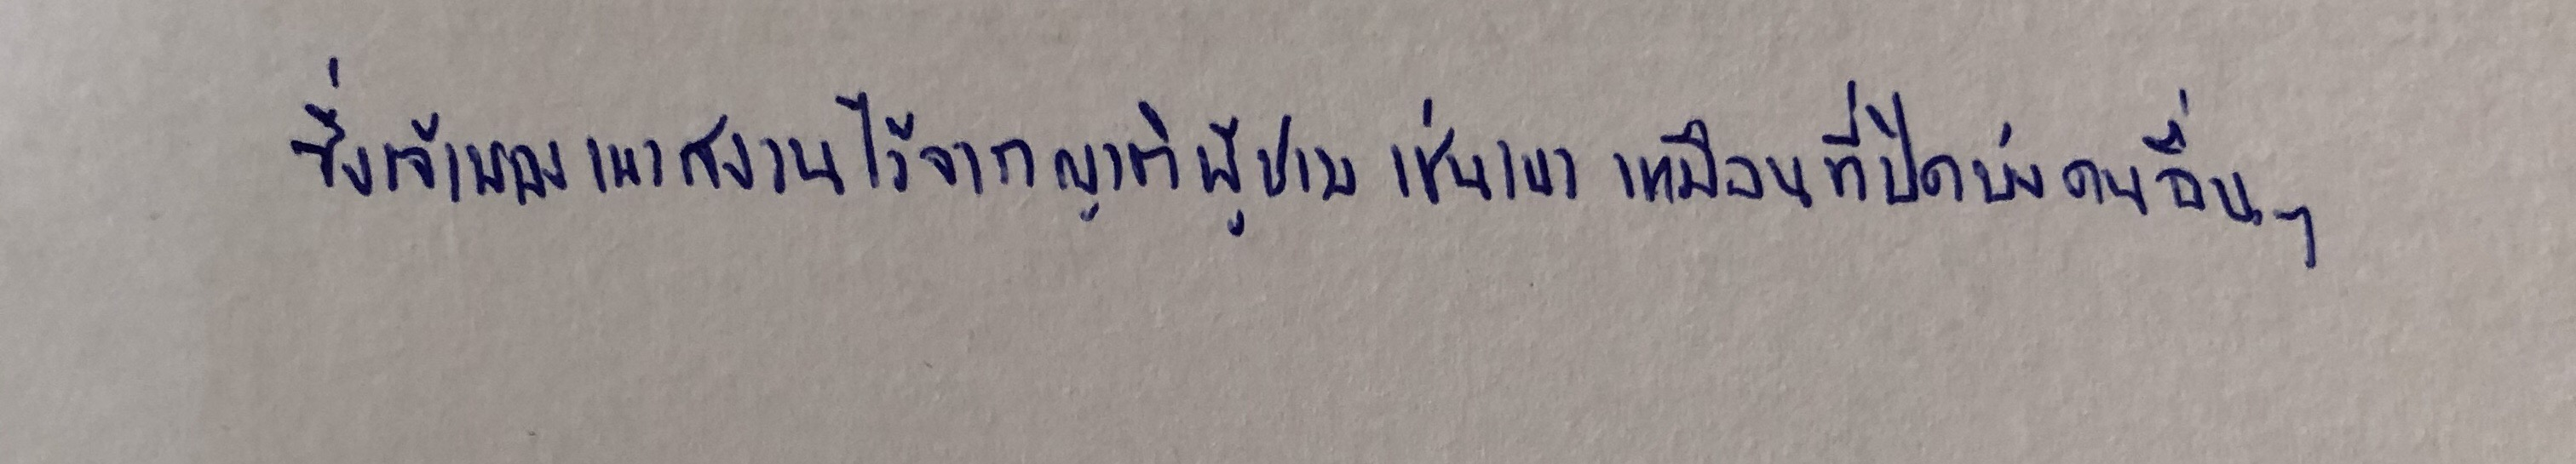
ซึ่งเจ้าของเขาสงวนไว้จากญาติผู้ชายเช่นเขาเหมือนที่ปิดบังคนอื่นๆ